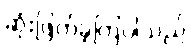
ဆုံးဖြတ်ခဲ့ကြပါသည်